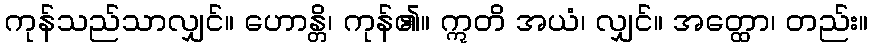
ကုန်သည်သာလျှင်။ ဟောန္တိ၊ ကုန်၏။ ဣတိ အယံ၊ လျှင်။ အတ္ထော၊ တည်း။